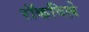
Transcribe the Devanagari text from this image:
रॉकविल्ले